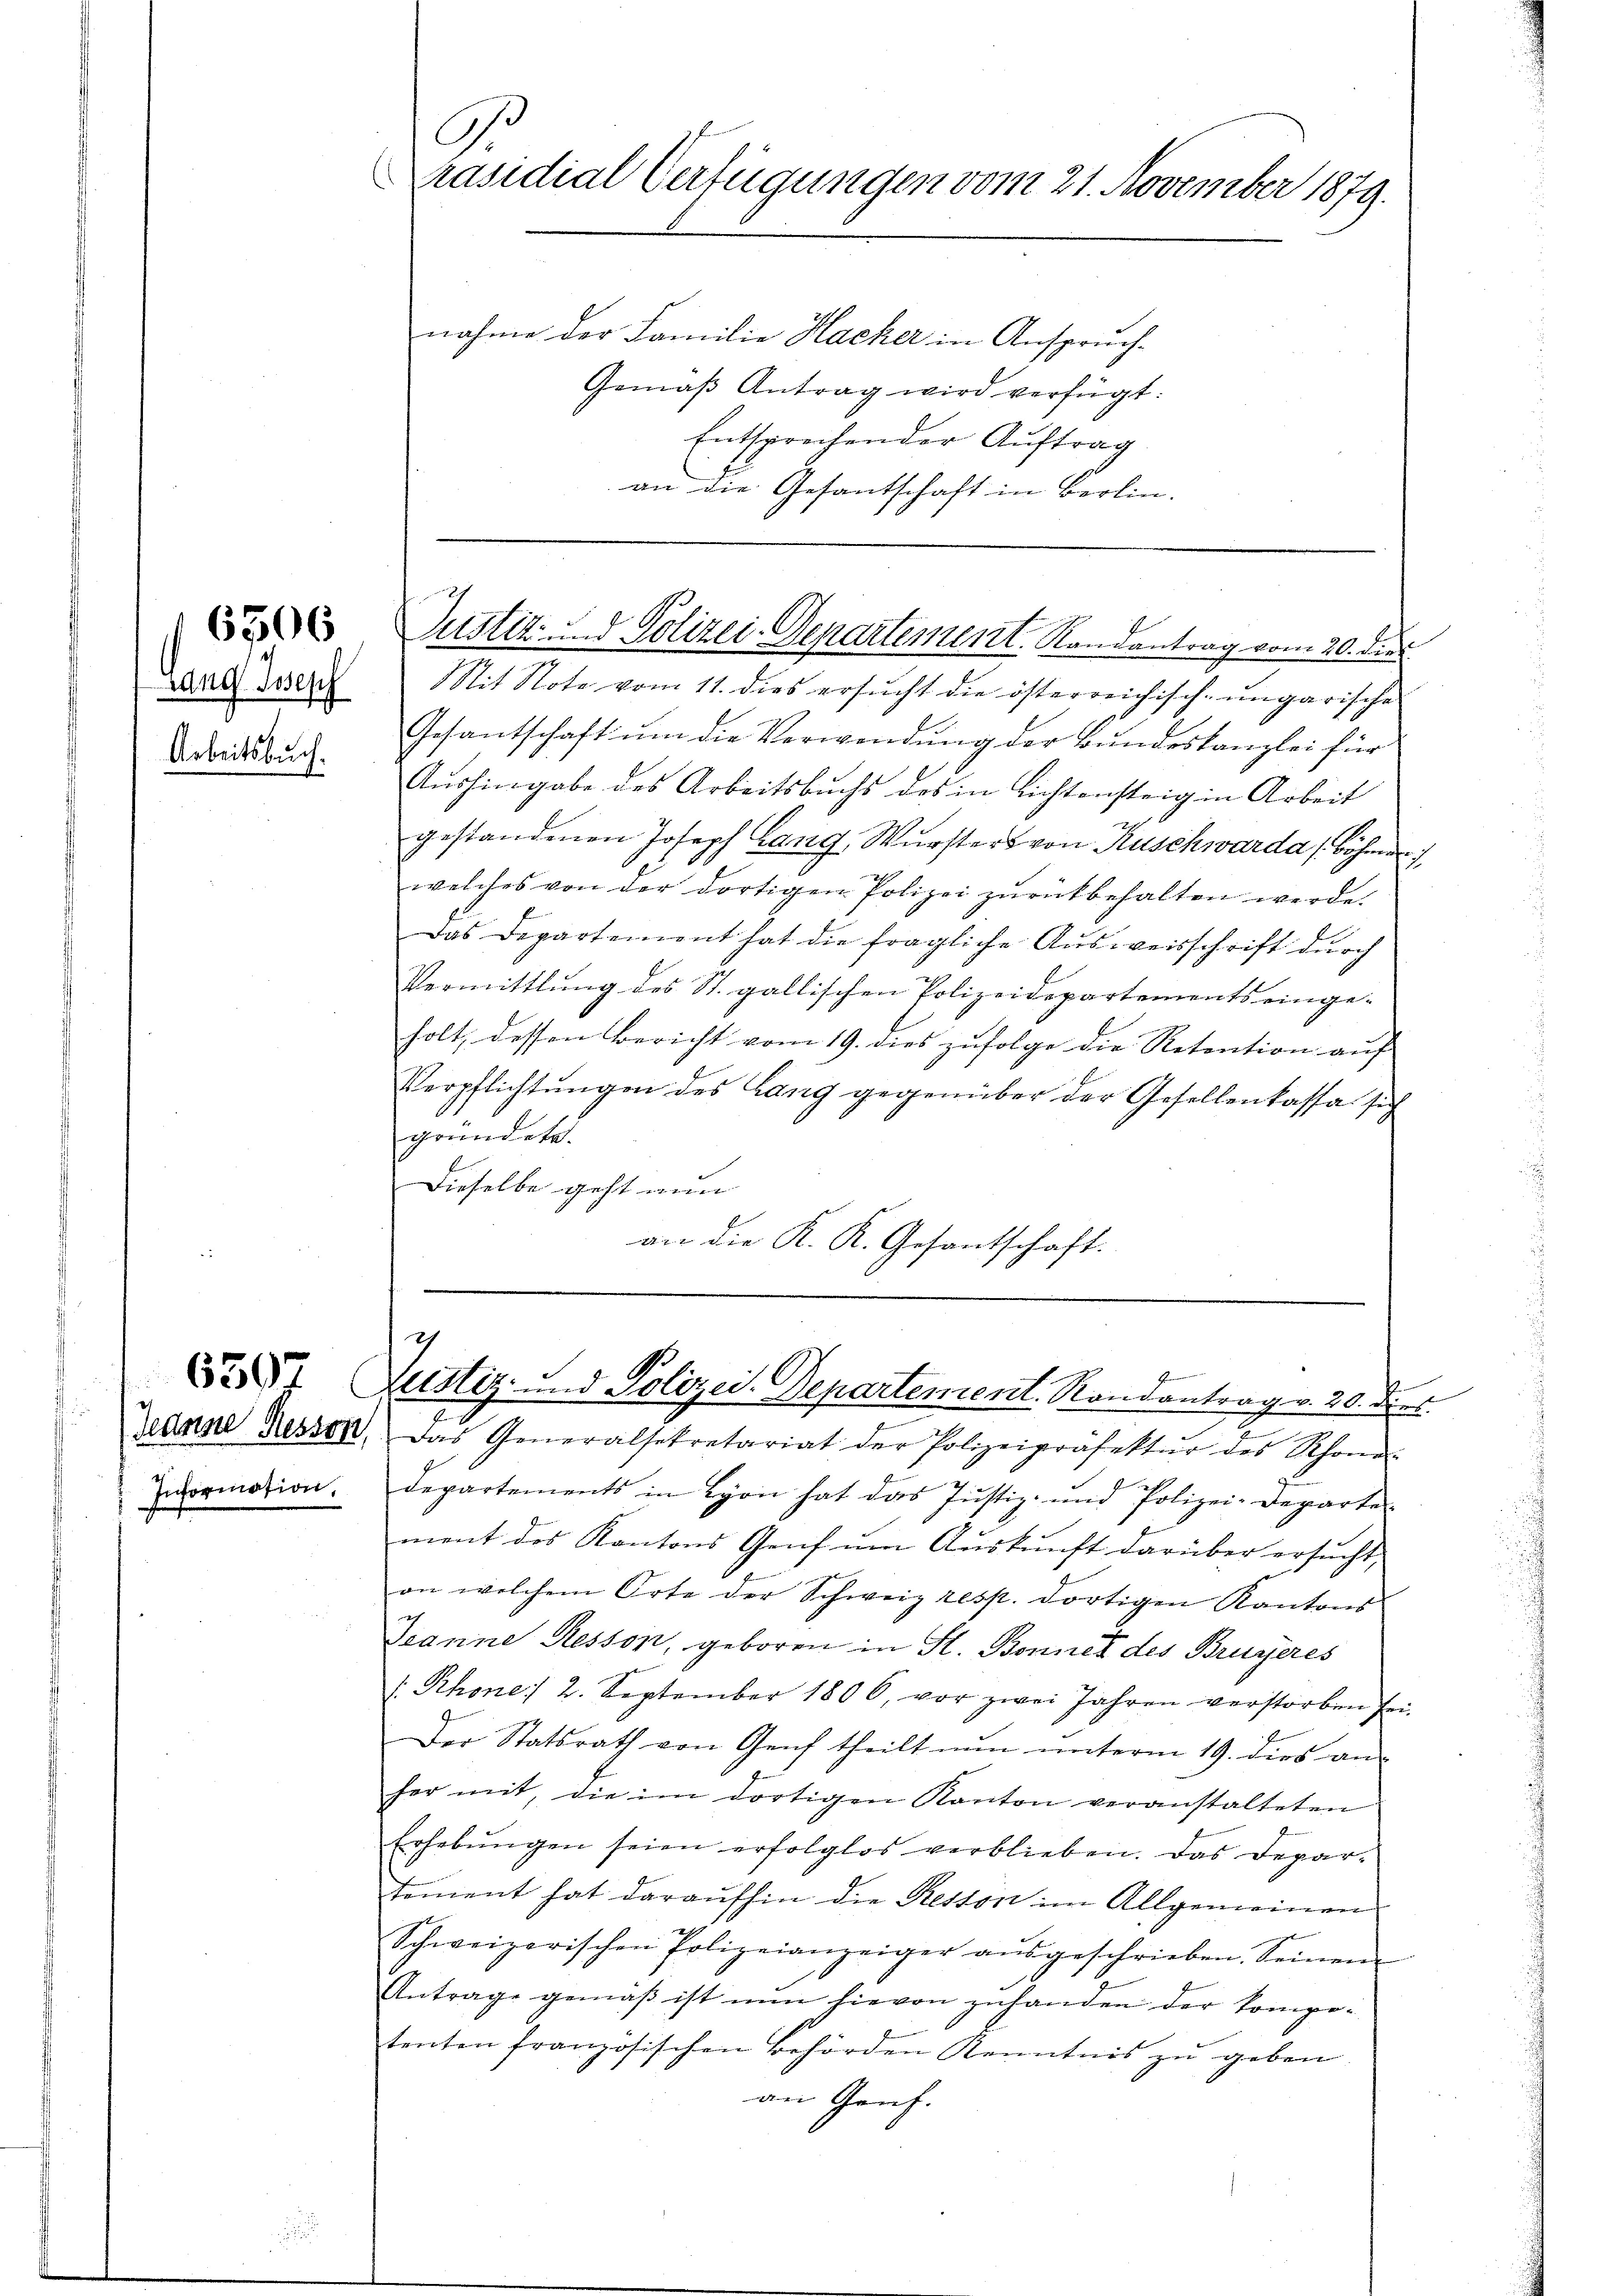
Lang Joseph
Arbeitsbuch.

e
Jedene Resson,
Information.

6506

.
Präsidial Verfügungen vom 21. November 1879.
nahme der Familie Hacker in Anspruch.
Gemäß Antrag wird verfügt:

Entsprechender Auftrag
an die Gesantschaft in Berlin.

Justiz- & Polizei-Departement. Randantrag vom 20. dies

Sit Note vom 11. dies ersŭcht die österreichisch-ungarische
Gesantschaft ŭm die Verwendŭng der Bundeskanzlei für
Aushingabe des Arbeitsbuchs des in Lichtensteig in Arbeit
gestandenen Joseph Lang, Wursters von Ruschwarda (Böhmer
welches von der dortigen Polizei zŭrückbehalten werde.
Das Departement hat die fragliche Aŭsweisschrift durch
Vermittlung des St. gallischen Polizeidepartements einge-
holt, dessen Bericht vom 19. dies zufolge die Retention auf
Verpflichtungen des Lang gegenüber der Gesellenkassa sich
gründete.
Dieselbe geht nun
an die K. K. Gesantschaft.

E
Pennin
 Justiz- und Polizei. Departement. Randantrag v. 20. dies

Das Generalsekretariat der Polizeipräsektŭr des Schone
Departements in Lyon hat das Justiz- und Polizei-Departe
ment des Kantons Genf um Auskunft darüber ersucht,
an welchem Orte der Schweiz resp. dortigen Kantons
Jeanne Resson, geboren in St. Bonnet des Bruyeres
Rhone: 2. September 1806, vor zwei Jahren verstorben sei.
Der Statsrath von Genf theilt nun unterm 19. dies an-
her mit, die im dortigen Kanton veranstalteten
Erhebŭngen seien erfolglos verblieben. Das Depar-
tement hat daraufhin die Resson im Allgemeinen
Schweizerischen Polizeianzeiger aŭsgeschrieben. Seinen
Antrage gemäβ ist nŭn hievon zŭhanden der kompetenten französischen Behörden Kenntnis zu geben
an Genf.